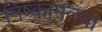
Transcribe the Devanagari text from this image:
निष्कामतया